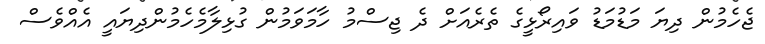
ޖެހެމުން ދިޔަ މަޑުމަޑު ވައިރޯޅީގެ ތެރެއަށް ދެ ޖިސްމު ހާމަވަމުން ގުޅިލާމެހެމުންދިޔައީ އެއްވެސް